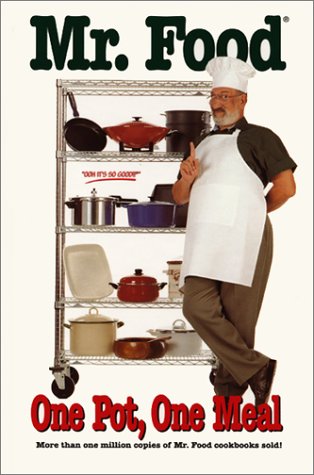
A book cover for Mr. Food One Pan, One Meal; Art Ginsburg; Cookbooks, Food & Wine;